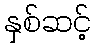
နှစ်ဆင့်